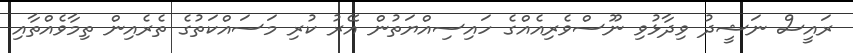
ރައީސް ނަޝީދު ވިދާޅުވި ނޫސްވެރިއެއްގެ ހައިސިއްޔަތުން އޭރު ކުރި މަސައްކަތުގެ ތެރެއިން ތިމާވެއްތާއި